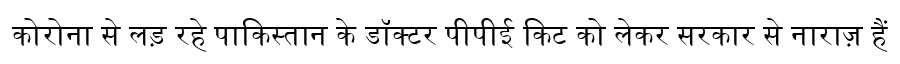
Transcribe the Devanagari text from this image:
कोरोना से लड़ रहे पाकिस्तान के डॉक्टर पीपीई किट को लेकर सरकार से नाराज़ हैं